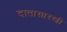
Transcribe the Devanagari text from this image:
दातासारखी